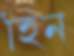
হিন